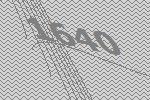
1640